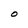
Character: O